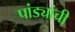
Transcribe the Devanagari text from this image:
पांड्यांची